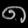
Digit: ၈